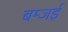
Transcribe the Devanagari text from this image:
बम्जई